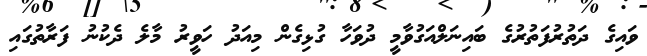
ވައިގެ ދަތުރުފަތުރުގެ ބައިނަލްއަގުވާމީ ދުވަހާ ގުޅިގެން މިއަދު ހަވީރު މާލެ ދެކުނު ފަރާތުގައި